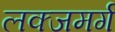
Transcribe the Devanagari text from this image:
लक्जमर्ग